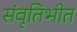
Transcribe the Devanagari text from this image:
संवृतिभीत